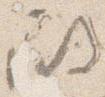
殿